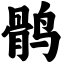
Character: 鹘